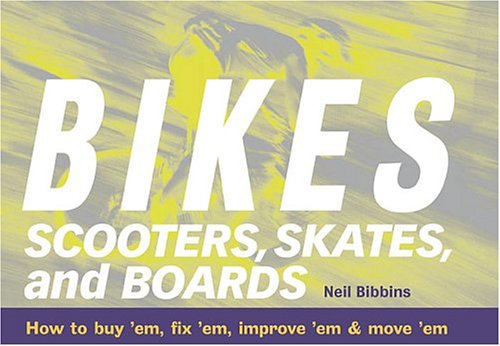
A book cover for Bikes, Scooters, Skates, and Boards: How to buy 'em, fix 'em, improve 'em & move 'em; Neil Bibbins; Sports & Outdoors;